Rae_vallavalitsus, lk 226
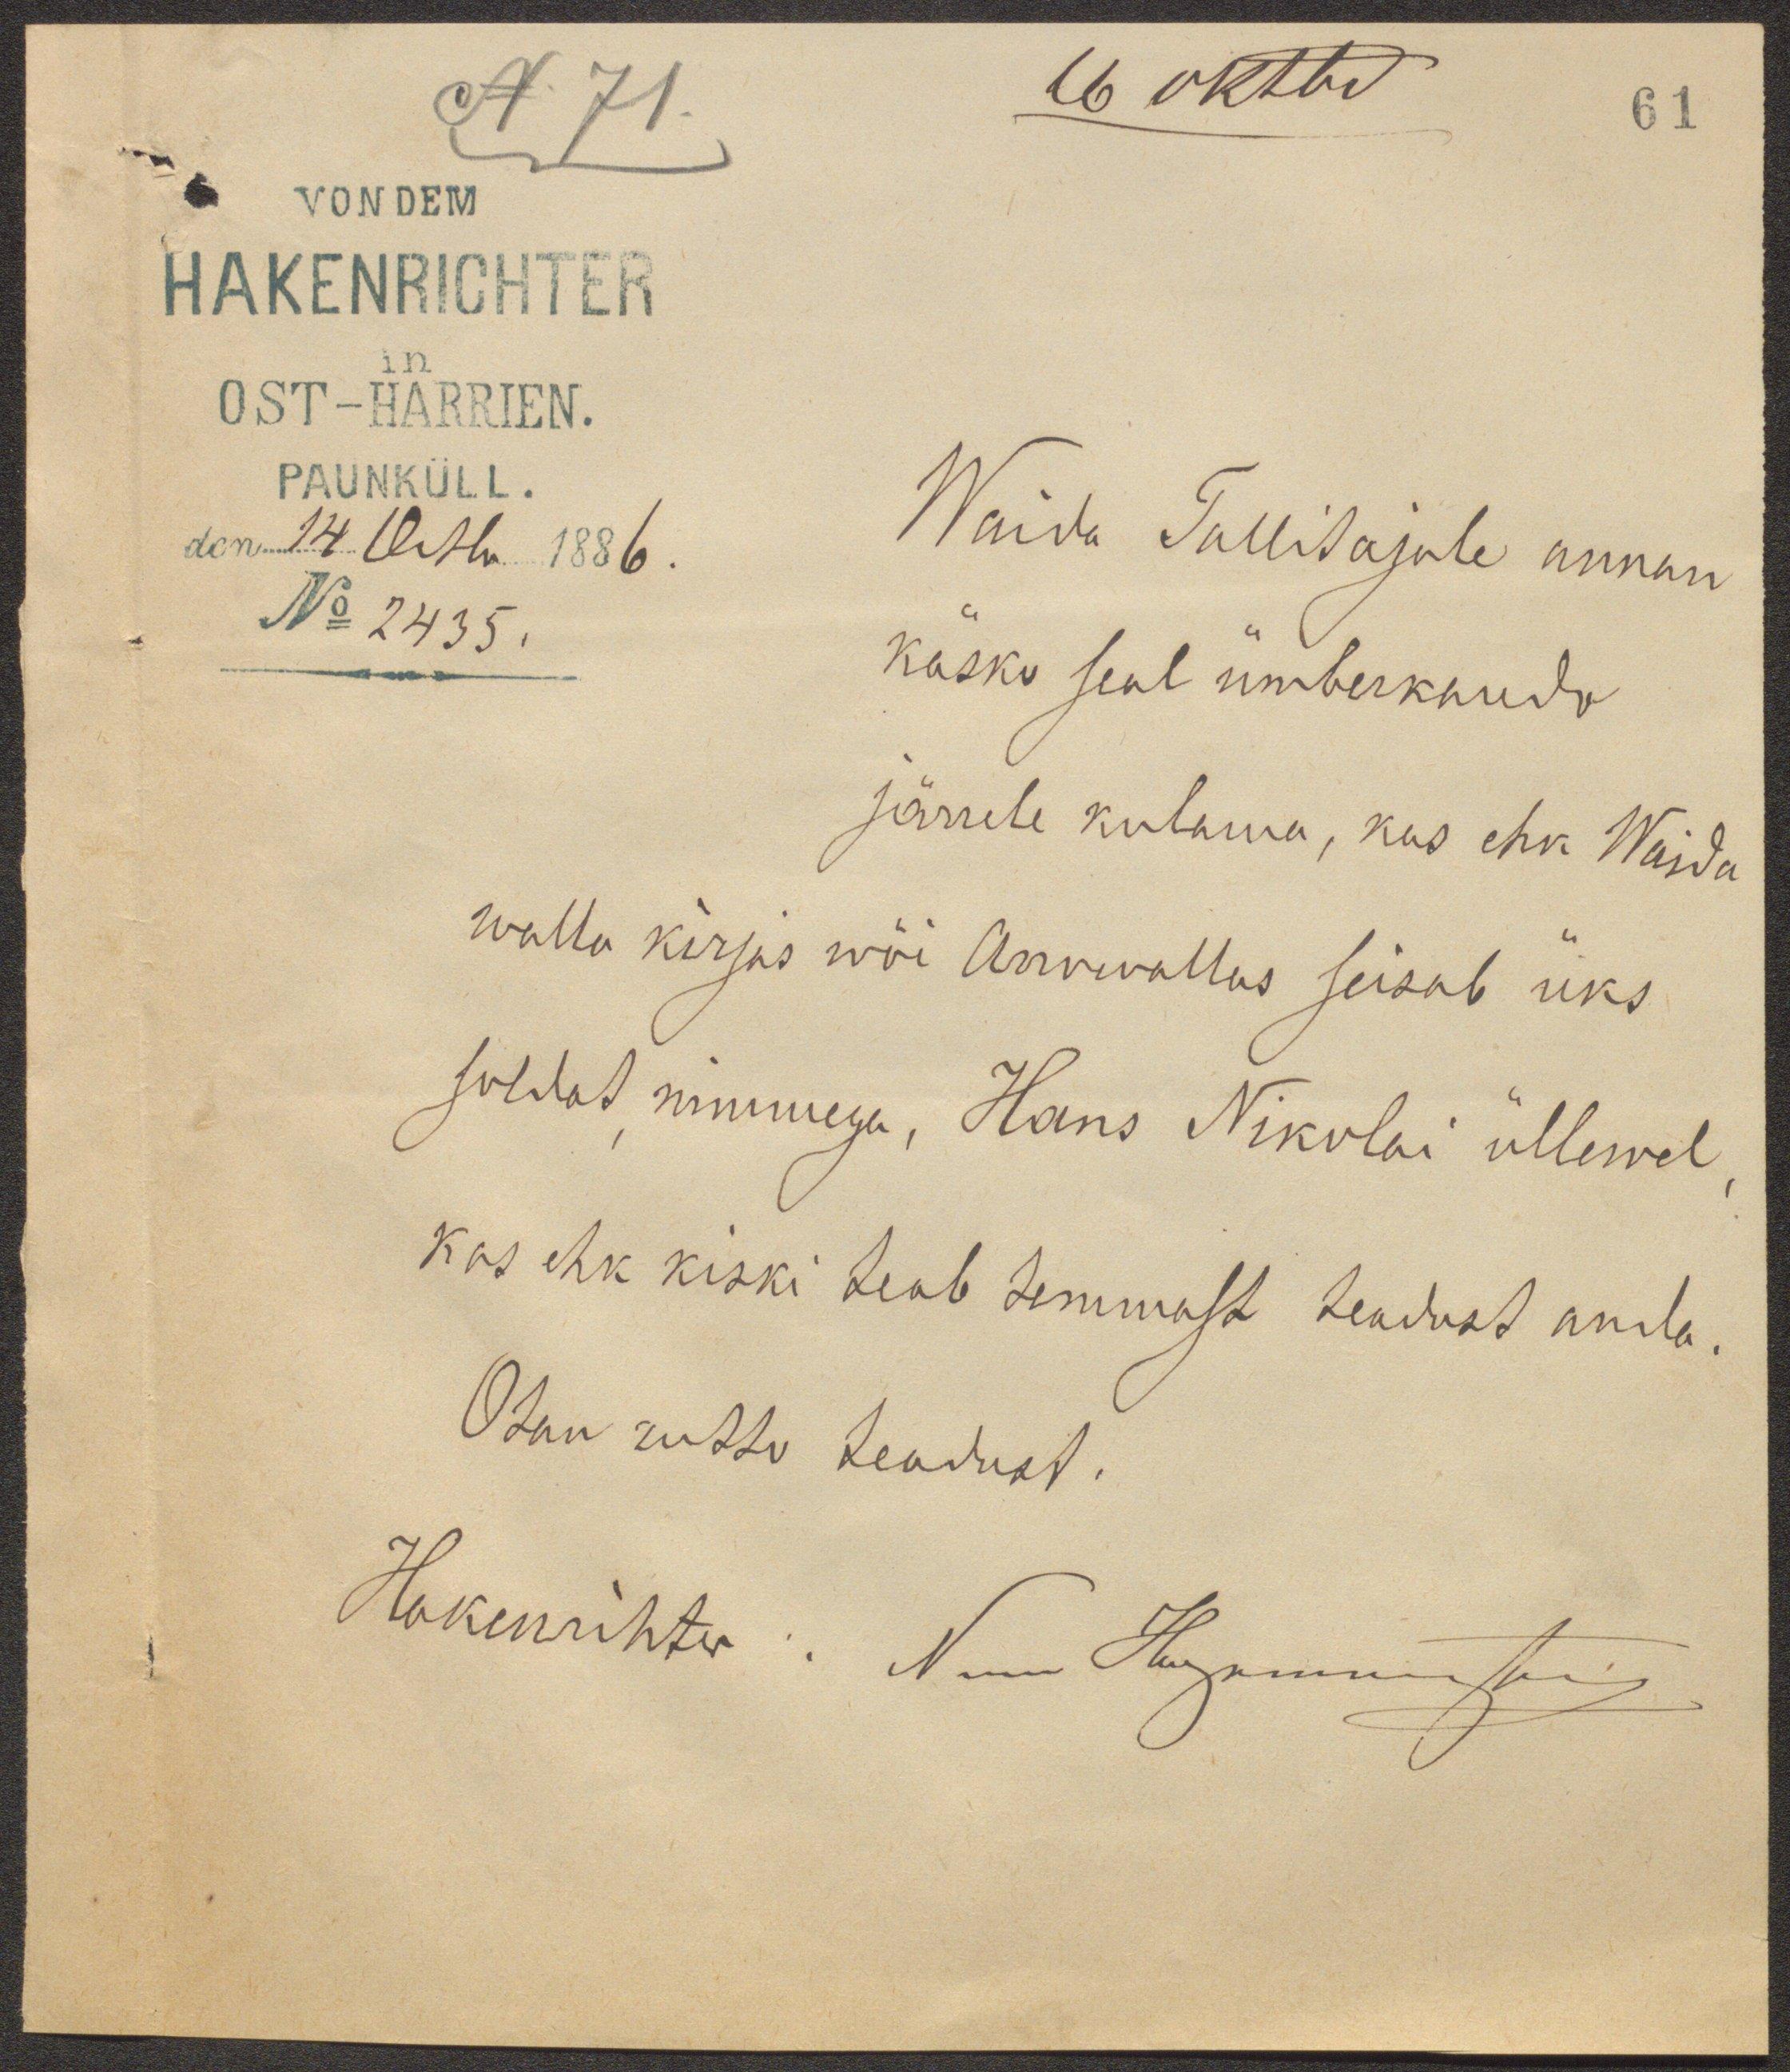
N 71.
16 oktbr
61
OST-HARRIEN.
PAUNKÜLL.
den 14 Octbr 1886.
No 2435.
Waida Tallitajale annan
käsko seal ümberkaudo
järrele kulama, kas ehk Waida
walla kirjas wõi Arrowallas seisab üks
soldat, nimmega, Hans Nikolai üllewel,
kas ehk kiski teab temmast teadust anda.
Otan rutto teadust.
Hakenrihter: